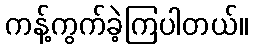
ကန့်ကွက်ခဲ့ကြပါတယ်။